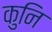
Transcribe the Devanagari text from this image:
कुनि